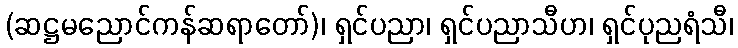
(ဆဋ္ဌမညောင်ကန်ဆရာတော်)၊ ရှင်ပညာ၊ ရှင်ပညာသီဟ၊ ရှင်ပုညရံသီ၊